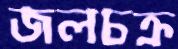
জলচক্র